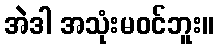
အဲဒါ အသုံးမဝင်ဘူး။